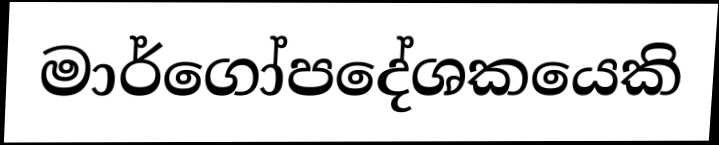
මාර්ගෝපදේශකයෙකි